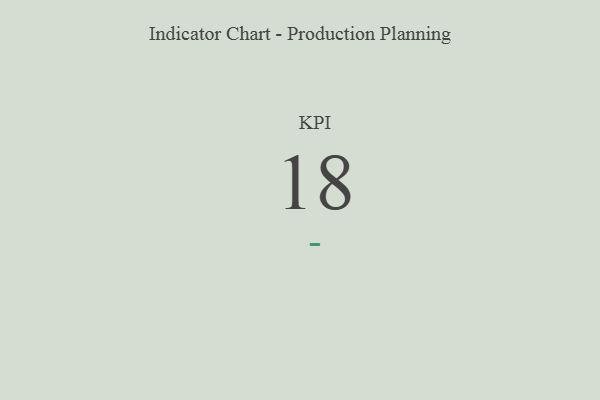
{"axis": {"x": "KPI", "y": "Value"}, "legend": [""], "data": [{"x": "KPI", "y": 18, "type": ""}]}